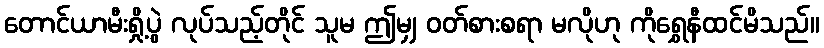
တောင်ယာမီးရှို့ပွဲ လုပ်သည့်တိုင် သူမ ဤမျှ ဝတ်စားစရာ မလိုဟု ကိုရွှေနီထင်မိသည်။